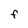
Character: F